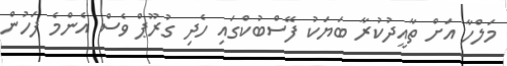
މަލްހާ އަށް ތާއީދުކުރާ ބަޔަކު ފޭސްބުކްގައި ހެދި ގުރޫޕް ވެސް އެންމެ ފަހުން